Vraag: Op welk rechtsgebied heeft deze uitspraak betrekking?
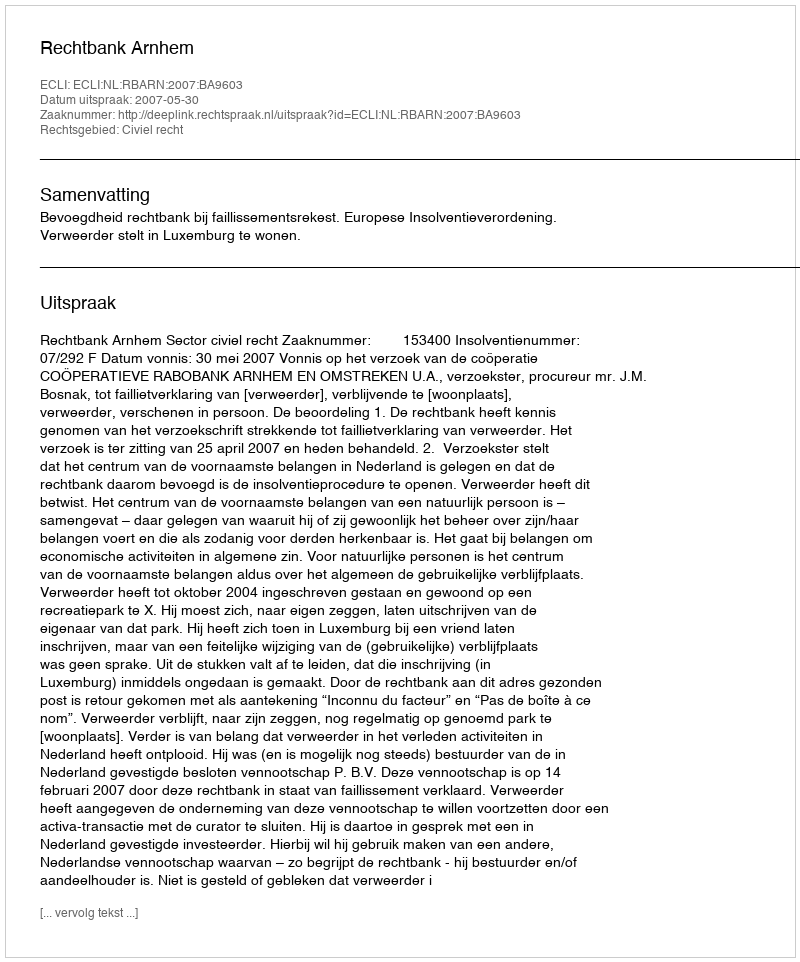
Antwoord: Civiel recht